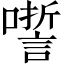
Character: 𡂉